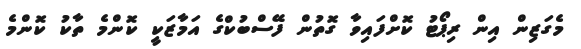
މެގަޒިން އިން ރިޕޯޓު ކޮށްފައިވާ ގޮތުން ފޭސްބުކްގެ އަމާޒަކީ ކޮންމެ ތާކު ކޮންމެ